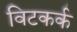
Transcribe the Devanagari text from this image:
विटकर्क